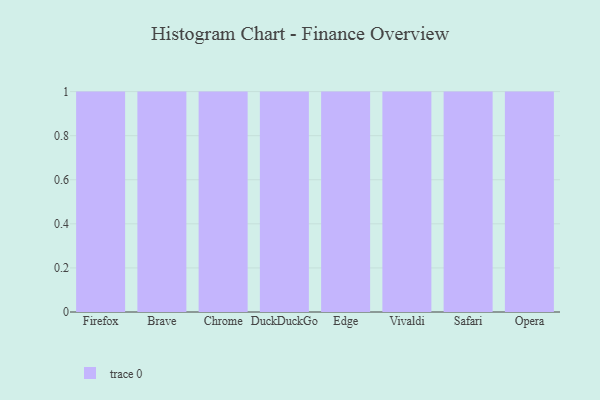
{"axis": {"x": "Browser", "y": "Active Users"}, "legend": [""], "data": [{"x": "Firefox", "y": 26, "type": ""}, {"x": "Brave", "y": 91, "type": ""}, {"x": "Chrome", "y": 43, "type": ""}, {"x": "DuckDuckGo", "y": 24, "type": ""}, {"x": "Edge", "y": 51, "type": ""}, {"x": "Vivaldi", "y": 44, "type": ""}, {"x": "Safari", "y": 74, "type": ""}, {"x": "Opera", "y": 28, "type": ""}]}